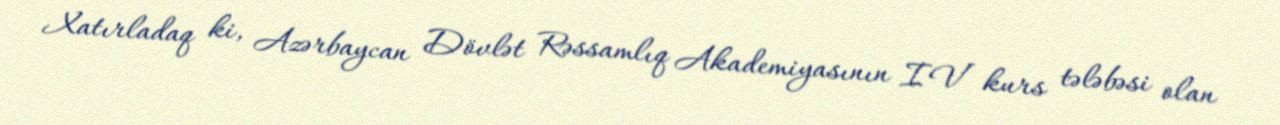
Xatırladaq ki, Azərbaycan Dövlət Rəssamlıq Akademiyasının IV kurs tələbəsi olan